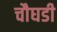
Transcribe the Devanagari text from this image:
चौघडी